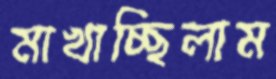
মাখাচ্ছিলাম